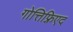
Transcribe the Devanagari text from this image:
गोत्तिफ़्रिएद